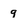
Character: 9